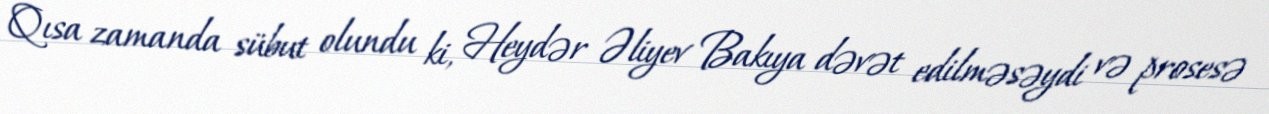
Qısa zamanda sübut olundu ki, Heydər Əliyev Bakıya dəvət edilməsəydi və prosesə